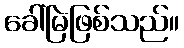
ခေါ်မြဲဖြစ်သည်။